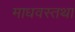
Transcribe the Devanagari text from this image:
माधवस्तथा